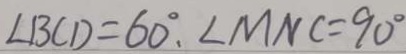
\angle B C D = 6 0 ^ { \circ } . \angle M N C = 9 0 ^ { \circ }